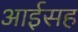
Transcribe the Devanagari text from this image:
आईसह